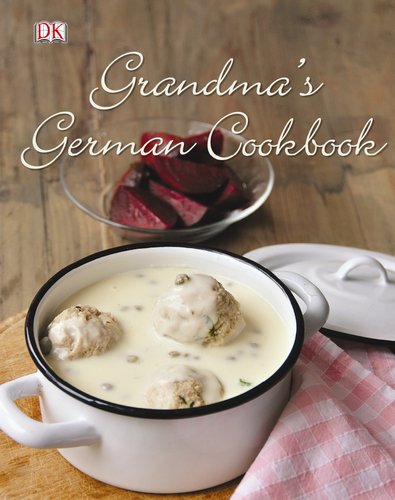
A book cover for Grandma's German Cookbook; Linn Schmidt; Cookbooks, Food & Wine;